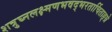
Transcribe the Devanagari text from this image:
शत्रुघ्नलक्ष्मणभवद्भरतार्चिताङ्घ्रे